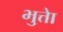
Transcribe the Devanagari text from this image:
भुत्तेा